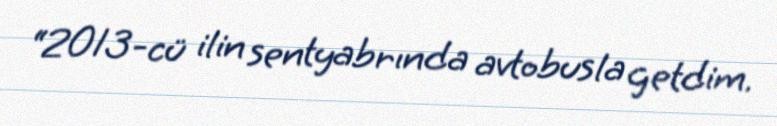
“2013-cü ilin sentyabrında avtobusla getdim.